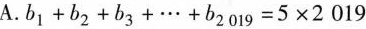
A. $$b _ { 1 } + b _ { 2 } + b _ { 3 } + \cdots + b _ { 2 0 1 9 } = 5 \times 2 0 1 9$$